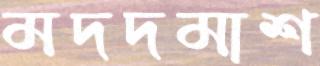
মদদমাশ